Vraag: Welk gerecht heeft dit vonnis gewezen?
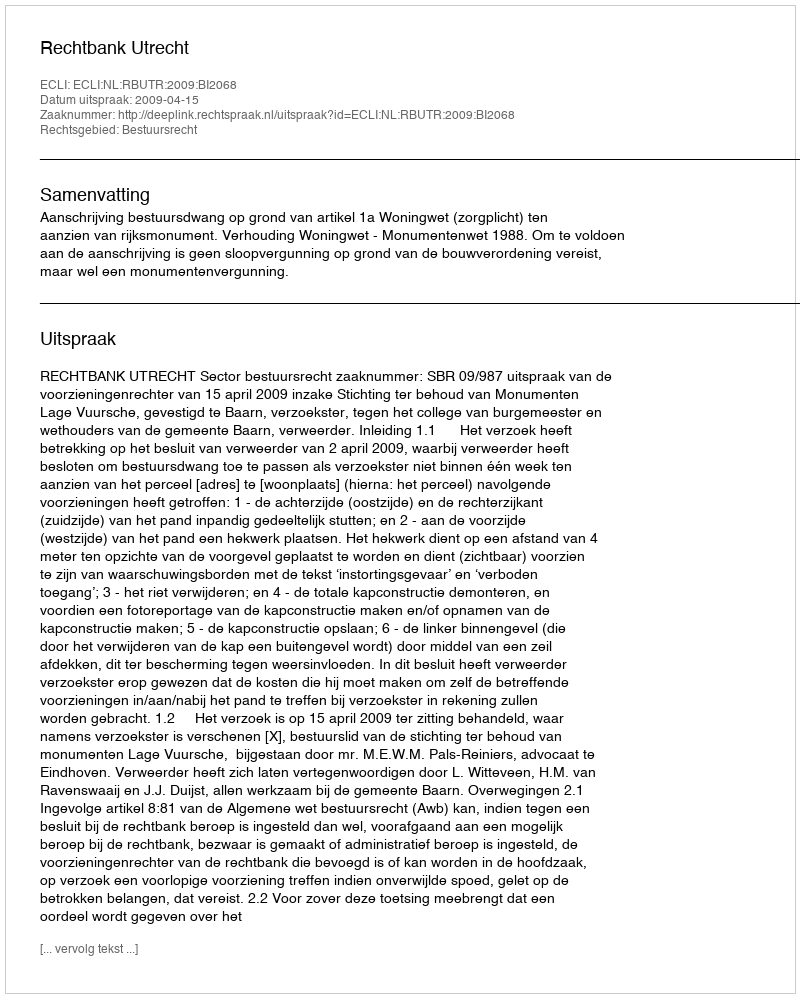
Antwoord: Rechtbank Utrecht